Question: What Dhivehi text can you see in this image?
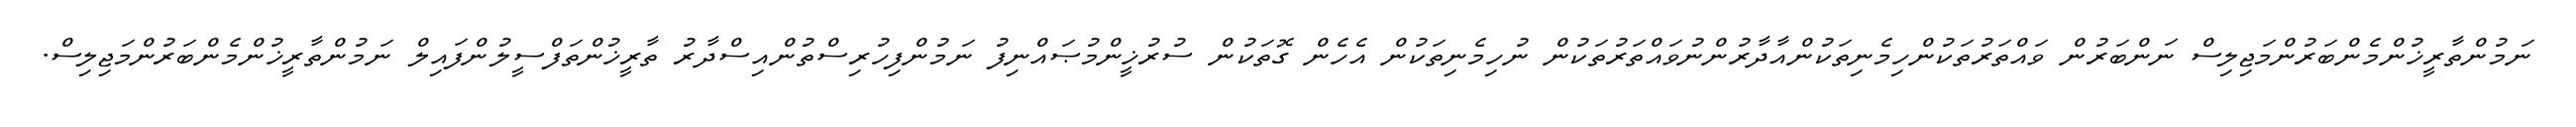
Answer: ނަމުންތާރީޚުންމެންބަރުންމަޖިލިސް ނަންބަރުން ވައްތަރުތަކުންހިމެނިތަކުންއާދާރުންނުވައްތަރުތަކުން ނުހިމެނިތަކުން އެހެން ގޮތަކުން ސުރުޚީންމުޞައްނިފު ނަމުންފިހުރިސްތުންއިސްދާރު ތާރީޚުންތަފްސީލުންފައިލް ނަމުންތާރީޚުންމެންބަރުންމަޖިލިސް.